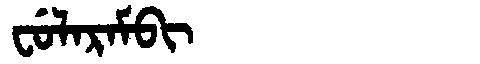
Manchu: ᠸᡠᠯᠠᡵᠠᠮᠪᡳ
Romanization: FULARAMBI